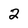
Character: 2